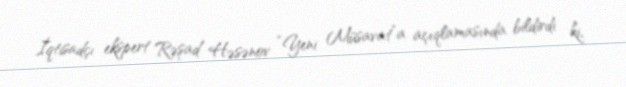
İqtisadçı ekspert Rəşad Həsənov “Yeni Müsavat”a açıqlamasında bildirdi ki,